Kambja_algkool, lk 117
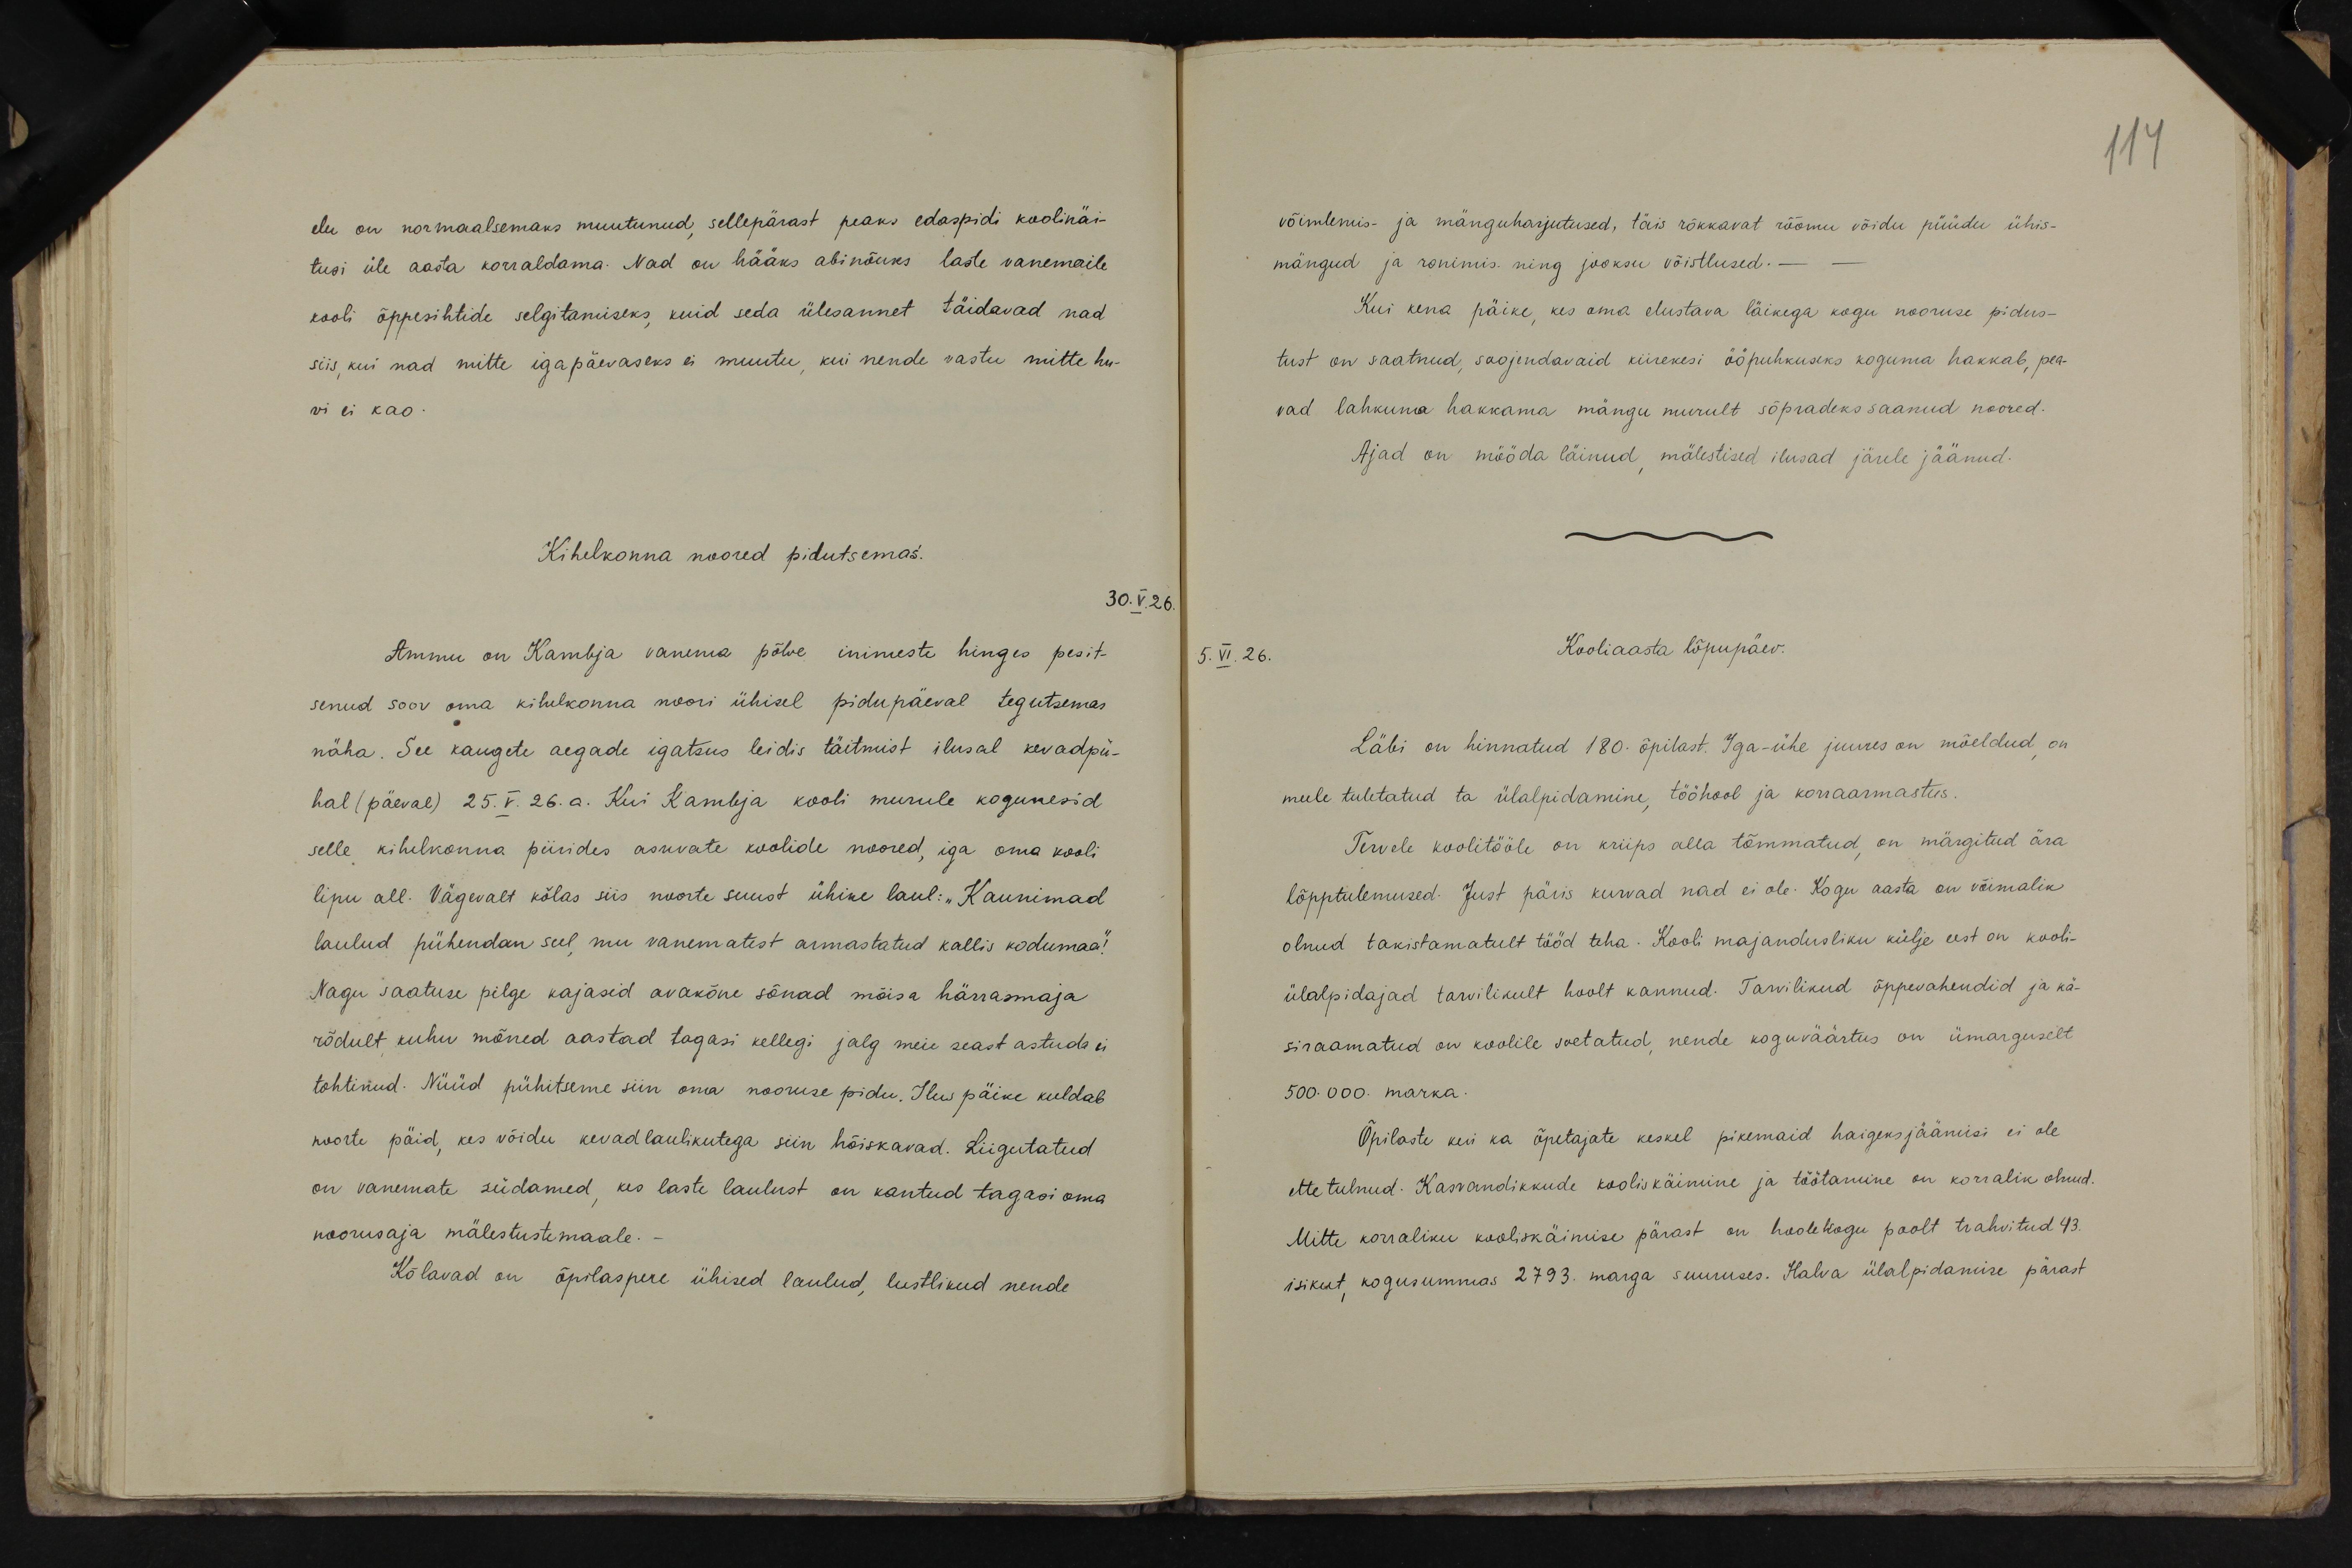
elu on normaalsemaks muutunud, sellepärast peaks edaspidi koolinäi-
tusi üle aasta korraldama. Nad on hääks abinõuks laste vanemaile
kooli õppesihtide selgitamiseks, kuid seda ülesannet täidavad nad
siis, kui nad mitte igapäevaseks ei muutu, kui nende vastu mitte hu-
vi ei kao.
Kihelkonna noored pidutsemas.
30.V.26.
Ammu on Kambja vanema põlve inimeste hinges pesit-
senud soov oma kihelkonna noori ühisel pidupäeval tegutsemas
näha. See kaugete aegade igatsus leidis täitmist ilusal kevadpü-
hal (päeval) 25. V. 26. a. Kui Kambja kooli murule kogunesid
selle kihelkonna piirides asuvate koolide noored, iga oma kooli
lipu all. Vägevalt kõlas siis noorte suust ühine laul: "Kaunimad
laulud pühendan sul mu vanematest armastatud kallis kodumaa!"
Nagu saatuse pilge kajasid avakõne sõnad mõisa härrasmaja
rõdult kuhu mõned aastad tagasi kellegi jalg meie seast astuda ei
tohtinud. Nüüd pühitseme siin oma nooruse pidu. Ilus päike kuldab
noorte päid, kes võidu kevad laulikutega siin hõiskavad. Liigutatud
on vanemate südamed, kes laste laulust on kantud tagasi oma
noorusaja mälestustemaale.
Kõlavad on õpilaspere ühised laulud, lustlikud nende

114
võimlemis- ja mänguharjutused, täis rõkkavat rõõmu võidu püüdu ühis-
mängud ja ronimis. ning jooksu võistlused. - -
Kui kena päike, kes oma elustava läikega kogu nooruse pidus-
tust on saatnud, soojendavaid kiirekesi ööpuhkuseks koguma hakkab, pea-
vad lahkuma hakkama mängu murult sõpradeks saanud noored.
Ajad on mööda läinud mälestised ilusad järele jäänud.
5. VI. 26.
Kooliaasta lõpupäev.
Läbi on hinnatud 180. õpilast. Iga-ühe juures on mõeldud, on
meele tuletatud ta ülalpidamine, tööhool ja korraarmastus.
Tervele koolitööle on kriips alla tõmmatud on märgitud ära
lõpptulemused. Just päris kurvad nad ei ole. Kogu aasta on võimalik
olnud takistamatult tööd teha. Kooli majandusliku külje eest on kooli-
ülalpidajad tarvilikult hoolt kannud. Tarvilikud õppevahendid ja kä-
siraamatud on koolile soetatud, nende koguväärtus on ümarguselt
500.000. marka.
Õpilaste kui ka õpetajate keskel pikemaid haigeksjäämisi ei ole
ette tulnud. Kasvandikkude kooliskäimine ja töötamine on korralik olnud.
Mitte korraliku kooliskäimise pärast on hoolekogu poolt trahvitud 43.
isikut, kogusummas 2793. marga suuruses. Halva ülalpidamise pärast